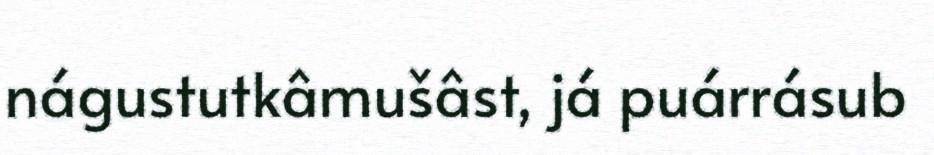
nágustutkâmušâst, já puárrásub